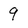
Character: 9